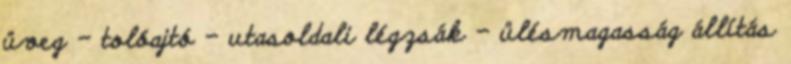
üveg – tolóajtó – utasoldali légzsák – ülésmagasság állítás